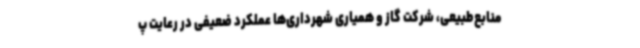
منابع‌طبیعی، شرکت گاز و همیاری شهرداری‌ها عملکرد ضعیفی در رعایت پ